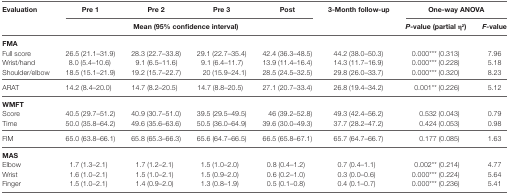
<table><thead><tr><td rowspan="3"><b>Evaluation</b></td><td><b>Pre 1</b></td><td><b>Pre 2</b></td><td><b>Pre 3</b></td><td><b>Post</b></td><td rowspan="3"><b>3-Month follow-up</b></td><td colspan="2"><b>One-way ANOVA</b></td></tr><tr><td colspan="4"><b>Mean (95% confidence interval)</b></td><td><b><i>P</i>-value (partial η<sup>2</sup>)</b></td><td><b><i>F</i>-value</b></td></tr></thead><tbody><tr><td><b>FMA</b></td><td></td><td></td><td></td><td></td><td></td><td></td><td></td></tr><tr><td>Full score</td><td>26.5 (21.1–31.9)</td><td>28.3 (22.7–33.8)</td><td>29.1 (22.7–35.4)</td><td>42.4 (36.3–48.5)</td><td>44.2 (38.0–50.3)</td><td>0.000*** (0.313)</td><td>7.96</td></tr><tr><td>Wrist/hand</td><td>8.0 (5.4–10.6)</td><td>9.1 (6.5–11.6)</td><td>9.1 (6.4–11.7)</td><td>13.9 (11.4–16.4)</td><td>14.3 (11.7–16.9)</td><td>0.000*** (0.228)</td><td>5.18</td></tr><tr><td>Shoulder/elbow</td><td>18.5 (15.1–21.9)</td><td>19.2 (15.7–22.7)</td><td>20 (15.9–24.1)</td><td>28.5 (24.5–32.5)</td><td>29.8 (26.0–33.7)</td><td>0.000*** (0.320)</td><td>8.23</td></tr><tr><td>ARAT</td><td>14.2 (8.4–20.0)</td><td>14.7 (8.2–20.5)</td><td>14.7 (8.8–20.5)</td><td>27.1 (20.7–33.4)</td><td>26.8 (19.4–34.2)</td><td>0.001** (0.226)</td><td>5.12</td></tr><tr><td><b>WMFT</b></td><td></td><td></td><td></td><td></td><td></td><td></td><td></td></tr><tr><td>Score</td><td>40.5 (29.7–51.2)</td><td>40.9 (30.7–51.0)</td><td>39.5 (29.5–49.5)</td><td>46 (39.2–52.8)</td><td>49.3 (42.4–56.2)</td><td>0.532 (0.043)</td><td>0.79</td></tr><tr><td>Time</td><td>50.0 (35.8–64.2)</td><td>49.6 (35.6–63.6)</td><td>50.5 (36.0–64.9)</td><td>39.6 (30.0–49.3)</td><td>37.7 (28.2–47.2)</td><td>0.424 (0.053)</td><td>0.98</td></tr><tr><td>FIM</td><td>65.0 (63.8–66.1)</td><td>65.8 (65.3–66.3)</td><td>65.6 (64.7–66.5)</td><td>66.5 (65.8–67.1)</td><td>65.7 (64.7–66.7)</td><td>0.177 (0.085)</td><td>1.63</td></tr><tr><td><b>MAS</b></td><td></td><td></td><td></td><td></td><td></td><td></td><td></td></tr><tr><td>Elbow</td><td>1.7 (1.3–2.1)</td><td>1.7 (1.2–2.1)</td><td>1.5 (1.0–2.0)</td><td>0.8 (0.4–1.2)</td><td>0.7 (0.4–1.1)</td><td>0.002** (0.214)</td><td>4.77</td></tr><tr><td>Wrist</td><td>1.6 (1.0–2.1)</td><td>1.5 (1.0–2.1)</td><td>1.5 (0.9–2.0)</td><td>0.6 (0.2–1.0)</td><td>0.3 (0.0–0.6)</td><td>0.000*** (0.224)</td><td>5.64</td></tr><tr><td>Finger</td><td>1.5 (1.0–2.1)</td><td>1.4 (0.9–2.0)</td><td>1.3 (0.8–1.9)</td><td>0.5 (0.1–0.8)</td><td>0.4 (0.1–0.7)</td><td>0.000*** (0.236)</td><td>5.41</td></tr></tbody></table>